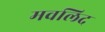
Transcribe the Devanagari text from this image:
मवलिद